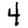
Digit: 4